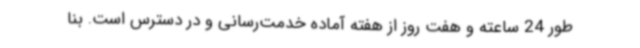
طور 24 ساعته و هفت روز از هفته آماده خدمت‌رسانی و در دسترس است. بنا